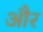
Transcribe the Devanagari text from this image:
और